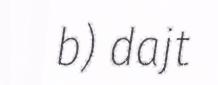
b) dajt